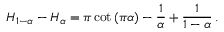
H _ { 1 - \alpha } - H _ { \alpha } = \pi \cot { ( \pi \alpha ) } - { \frac { 1 } { \alpha } } + { \frac { 1 } { 1 - \alpha } } \, .